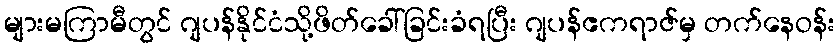
များမကြာမီတွင် ဂျပန်နိုင်ငံသို့ဖိတ်ခေါ်ခြင်းခံရပြီး ဂျပန်ဧကရာဇ်မှ တက်နေဝန်း